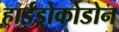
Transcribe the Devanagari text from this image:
हाईड्रोकोडोन